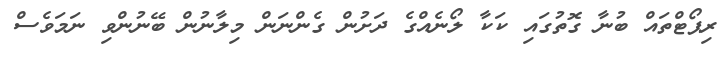
ރިޕޯޓްތައް ބުނާ ގޮތުގައި ކަކާ ލޯނެއްގެ ދަށުން ގެންނަން މިލާނުން ބޭނުންވި ނަމަވެސް